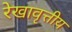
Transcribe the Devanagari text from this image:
रेखावृत्तीय